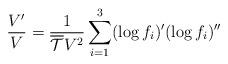
LaTeX: \begin{align*}\frac{V'}{V}=\frac{1}{\overline{\mathcal{T}}V^2}\sum_{i=1}^3 (\log f_i)'(\log f_i)''\end{align*}